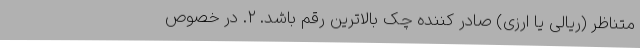
متناظر (ریالی یا ارزی) صادر کننده چک بالاترین رقم باشد. ۲. در خصوص